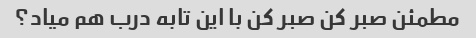
مطمئن صبر کن صبر کن با این تابه درب هم میاد؟